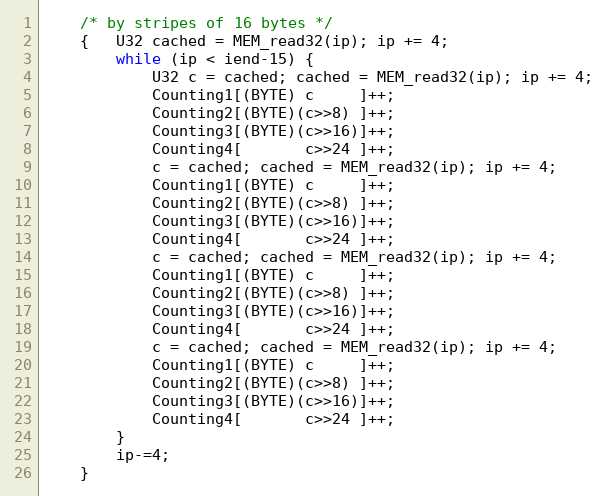
Language: C
    /* by stripes of 16 bytes */
    {   U32 cached = MEM_read32(ip); ip += 4;
        while (ip < iend-15) {
            U32 c = cached; cached = MEM_read32(ip); ip += 4;
            Counting1[(BYTE) c     ]++;
            Counting2[(BYTE)(c>>8) ]++;
            Counting3[(BYTE)(c>>16)]++;
            Counting4[       c>>24 ]++;
            c = cached; cached = MEM_read32(ip); ip += 4;
            Counting1[(BYTE) c     ]++;
            Counting2[(BYTE)(c>>8) ]++;
            Counting3[(BYTE)(c>>16)]++;
            Counting4[       c>>24 ]++;
            c = cached; cached = MEM_read32(ip); ip += 4;
            Counting1[(BYTE) c     ]++;
            Counting2[(BYTE)(c>>8) ]++;
            Counting3[(BYTE)(c>>16)]++;
            Counting4[       c>>24 ]++;
            c = cached; cached = MEM_read32(ip); ip += 4;
            Counting1[(BYTE) c     ]++;
            Counting2[(BYTE)(c>>8) ]++;
            Counting3[(BYTE)(c>>16)]++;
            Counting4[       c>>24 ]++;
        }
        ip-=4;
    }